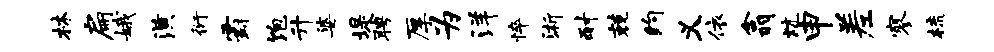
林扁娥潢衍霸饱升婆堤聘厚为洋悴浙耐兢约义依翕炕申差寥梳